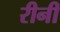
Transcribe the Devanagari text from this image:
रीनी